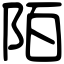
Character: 陌